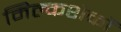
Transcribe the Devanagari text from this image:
मिल्कशेकों